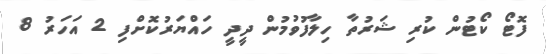
ފޮޓޯ ކޯޓުން ކުރި ޝަރުތާ ހިލާފުވުމުން ދީދީ ހައްޔަރުކޮށްފި 2 އަހަރު 8